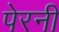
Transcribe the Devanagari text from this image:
पेरनी